Lunatic asylums Punjab 1868-1880 - 1868-1880
Year: 1868
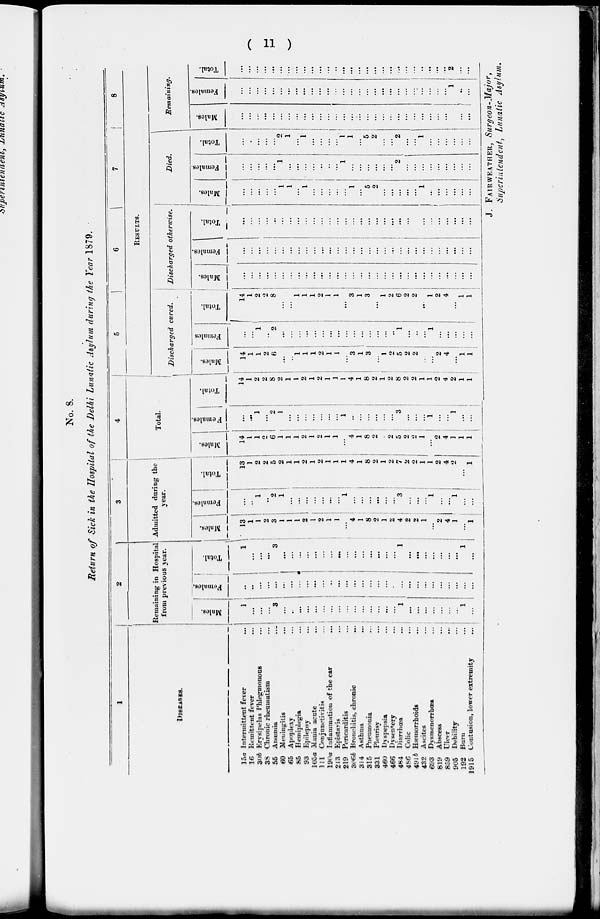
( 11 )
No. 8.
Return of Sick in the Hospital of the Delhi Lunatic Asylum during the Year 1879.
1
DISEASES.
15a
16
30b
38
55
60
65
85
93
105a
111
190a
213
219
306b
314
315
331
460
466
484
486
491b
432
693
819
859
905
192
1915
Intermittent fever
Remittent fever
Erysipelas Phlegmonous
Chronic rheumatism
Anaemia
Meningitis
Apoplexy
Hemiplegia
Epilepsy
Mania acute
Conjunctivitis
Inflammation of the ear
Epistaxis
Pericarditis
Bronchitis, chronic
Asthma
Pnenmonia
Pleurisy
Dyspepsia
Dysentery
Diarrhoea
Colic
Hæmorrhoids
Ascites
Dysmenorrhœa
Abscess
Ulcer
Debility
Burn
Contusion, lower extremity
...
...
...
...
...
...
...
...
...
...
...
...
...
...
...
...
...
...
...
...
...
...
...
...
...
...
...
...
...
...
2
Remaining in Hospital
from previous year.
Males.
1
...
...
...
3
...
...
...
...
...
...
...
...
...
...
...
...
...
...
...
1
...
...
...
...
...
...
...
1
...
Females.
...
...
...
...
...
...
...
...
...
...
...
...
...
...
...
...
...
...
...
...
...
...
...
...
...
...
...
...
...
...
Total.
1
...
...
...
3
...
...
...
...
...
...
...
...
...
...
...
...
...
...
...
1
...
...
...
...
...
...
...
1
...
3
Admitted during the
year.
Males.
13
1
1
2
3
1
1
1
2
1
2
1
1
...
4
1
8
2
1
2
4
2
2
1
...
2
4
1
...
1
Females.
...
...
1
...
2
1
...
...
...
...
...
...
...
1
...
...
...
...
...
...
3
...
...
...
1
...
...
1
...
...
Total.
13
1
2
2
5
2
1
1
2
1
2
1
1
1
4
1
8
2
1
2
7
2
2
1
1
2
4
2
...
1
4
Total.
Males.
14
1
1
2
6
1
1
1
2
1
2
1
1
...
4
1
8
2
2
5 2
2
1
...
2
4
1
1
1
Females.
...
...
1
...
2
1
...
...
...
...
...
...
...
1
...
...
...
...
...
...
3
...
...
...
1
...
...
1
...
...
Total.
14
1
2
2
8
2
1
1
2
1
2
1
1
1
4
1
8
2
1
2
8
2
2
1
1
2
4
2
1
1
5
6
7
8
RESULTS.
Discharged
cured.
Males.
14
1
1
2
6
...
...
1
1
1
2
1
1
...
3
1
3
...
...
2
5
2
2
...
...
2
4
...
1
1
Females
...
...
1
...
2
...
...
...
...
...
...
...
...
...
...
...
...
...
...
...
1
...
...
...
1
...
...
...1
...
...
Total.
14 1
2 2
8
1
1
1
1
1
2
1
1
...
3
1
3
...
1
2
6
2
2
1
2
4
...
1
1
Discharged
otherwise.
Males.
...
...
...
...
...
...
...
...
...
...
...
...
...
...
...
...
..
...
...
...
...
...
...
...
...
...
...
...
...
...
Females.
...
...
...
...
...
...
...
...
...
...
...
...
...
...
...
...
...
...
...
...
1
1
...
...
...
...
...
...
...
...
Total.
...
...
...
...
...
...
...
...
...
...
...
...
...
...
...
...
...
...
...
...
...
...
...
...
...
...
...
...
...
...
Died.
Males.
...
...
...
...
...
1
1
...
1
...
...
...
...
...
1
...
5
2
...
...
...
...
...
1
...
...
...
...
...
...
Females.
...
...
...
...
...
1
...
...
...
...
...
...
...
1
...
...
...
...
...
...
2
...
...
...
...
...
...
...
...
...
Total.
...
...
...
...
...
2
1
...
1
...
...
...
...
1
1
...
5
2
...
...
2
...
...
1
...
...
...
...
...
...
Remaining.
Males.
...
...
...
...
...
...
...
...
...
...
...
...
...
...
...
...
...
...
...
...
...
...
...
...
...
...
...
...
...
...
Females.
...
...
...
...
...
...
...
...
...
...
...
...
...
...
...
...
...
...
...
...
...
...
...
...
...
...
...
1
...
...
Total.
...
...
...
...
...
...
...
...
...
...
...
...
...
...
...
...
...
...
...
...
...
...
...
...
...
...
...
2
...
...
J. FAIRWEATHERR, Surgeon-Major,
Superintendent, Lunatic Asylum.